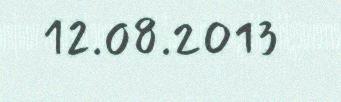
12.08.2013